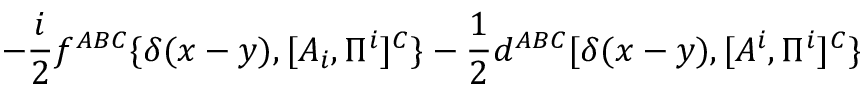
- { \frac { i } { 2 } } f ^ { A B C } \{ \delta ( x - y ) , [ A _ { i } , \Pi ^ { i } ] ^ { C } \} - { \frac { 1 } { 2 } } d ^ { A B C } [ \delta ( x - y ) , [ A ^ { i } , \Pi ^ { i } ] ^ { C } \}